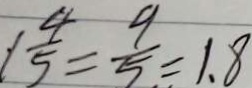
1 \frac { 4 } { 5 } = \frac { 9 } { 5 } = 1 . 8